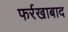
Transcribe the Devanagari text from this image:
फर्रखाबाद